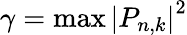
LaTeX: \gamma=\operatorname*{max}\left|P_{n,k}\right|^{2}